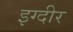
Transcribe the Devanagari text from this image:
इग्दीर